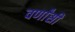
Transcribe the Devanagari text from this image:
वर्णांसी